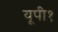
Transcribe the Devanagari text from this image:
यूपी१